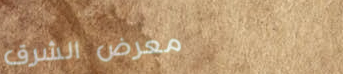
معرض الشرق